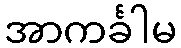
အာကင်္ခါမ